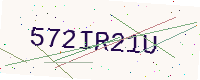
Text: 572IR21U